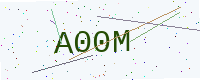
Text: A00M